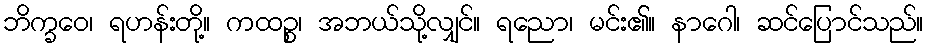
ဘိက္ခဝေ၊ ရဟန်းတို့။ ကထဉ္စ၊ အဘယ်သို့လျှင်။ ရညော၊ မင်း၏။ နာဂေါ၊ ဆင်ပြောင်သည်။